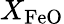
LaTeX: X_{\mathrm{FeO}}